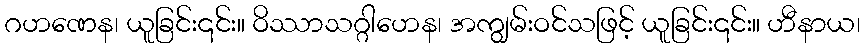
ဂဟဏေန၊ ယူခြင်း၎င်း။ ဝိဿာသဂ္ဂါဟေန၊ အကျွမ်းဝင်သဖြင့် ယူခြင်း၎င်း။ ဟီနာယ၊